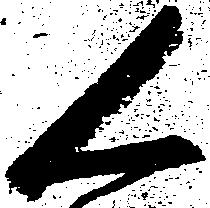
く